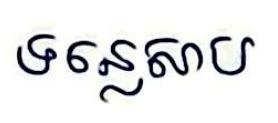
ទន្លេសាប